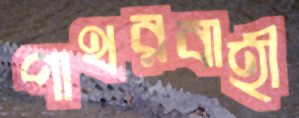
পাথরবাহী